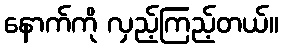
နောက်ကို လှည့်ကြည့်တယ်။